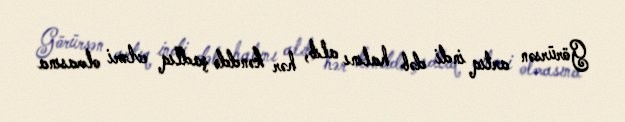
Görürsən artıq indi dəb halını alıb, hər kənddə şadlıq evləri olmasına